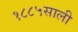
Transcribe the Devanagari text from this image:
१८८५साली